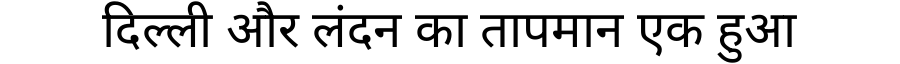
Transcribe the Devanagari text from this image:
दिल्ली और लंदन का तापमान एक हुआ